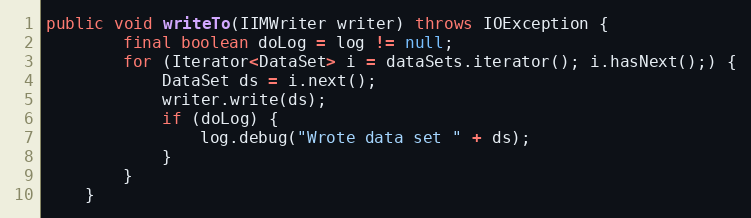
Language: Java
public void writeTo(IIMWriter writer) throws IOException {
		final boolean doLog = log != null;
		for (Iterator<DataSet> i = dataSets.iterator(); i.hasNext();) {
			DataSet ds = i.next();
			writer.write(ds);
			if (doLog) {
				log.debug("Wrote data set " + ds);
			}
		}
	}